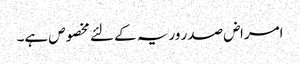
امراض صدر وریہ کے لئے مخصوص ہے۔